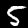
Digit: 5